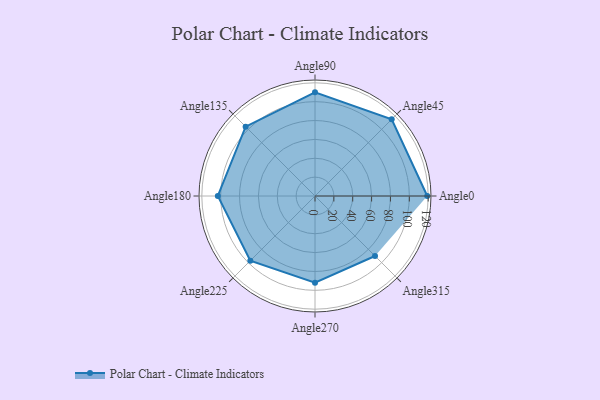
{"axis": {"x": "Angle", "y": "Radius"}, "legend": [""], "data": [{"x": "Angle0", "y": 119.0, "type": ""}, {"x": "Angle45", "y": 115.0, "type": ""}, {"x": "Angle90", "y": 110.0, "type": ""}, {"x": "Angle135", "y": 104.0, "type": ""}, {"x": "Angle180", "y": 103.0, "type": ""}, {"x": "Angle225", "y": 97.0, "type": ""}, {"x": "Angle270", "y": 92.0, "type": ""}, {"x": "Angle315", "y": 90.0, "type": ""}]}